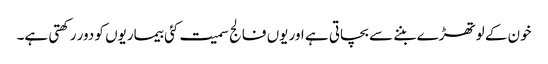
خون کے لوتھڑے بننے سے بچاتی ہے اور یوں فالج سمیت کئی بیماریوں کو دور رکھتی ہے۔